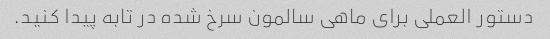
دستور العملی برای ماهی سالمون سرخ شده در تابه پیدا کنید.